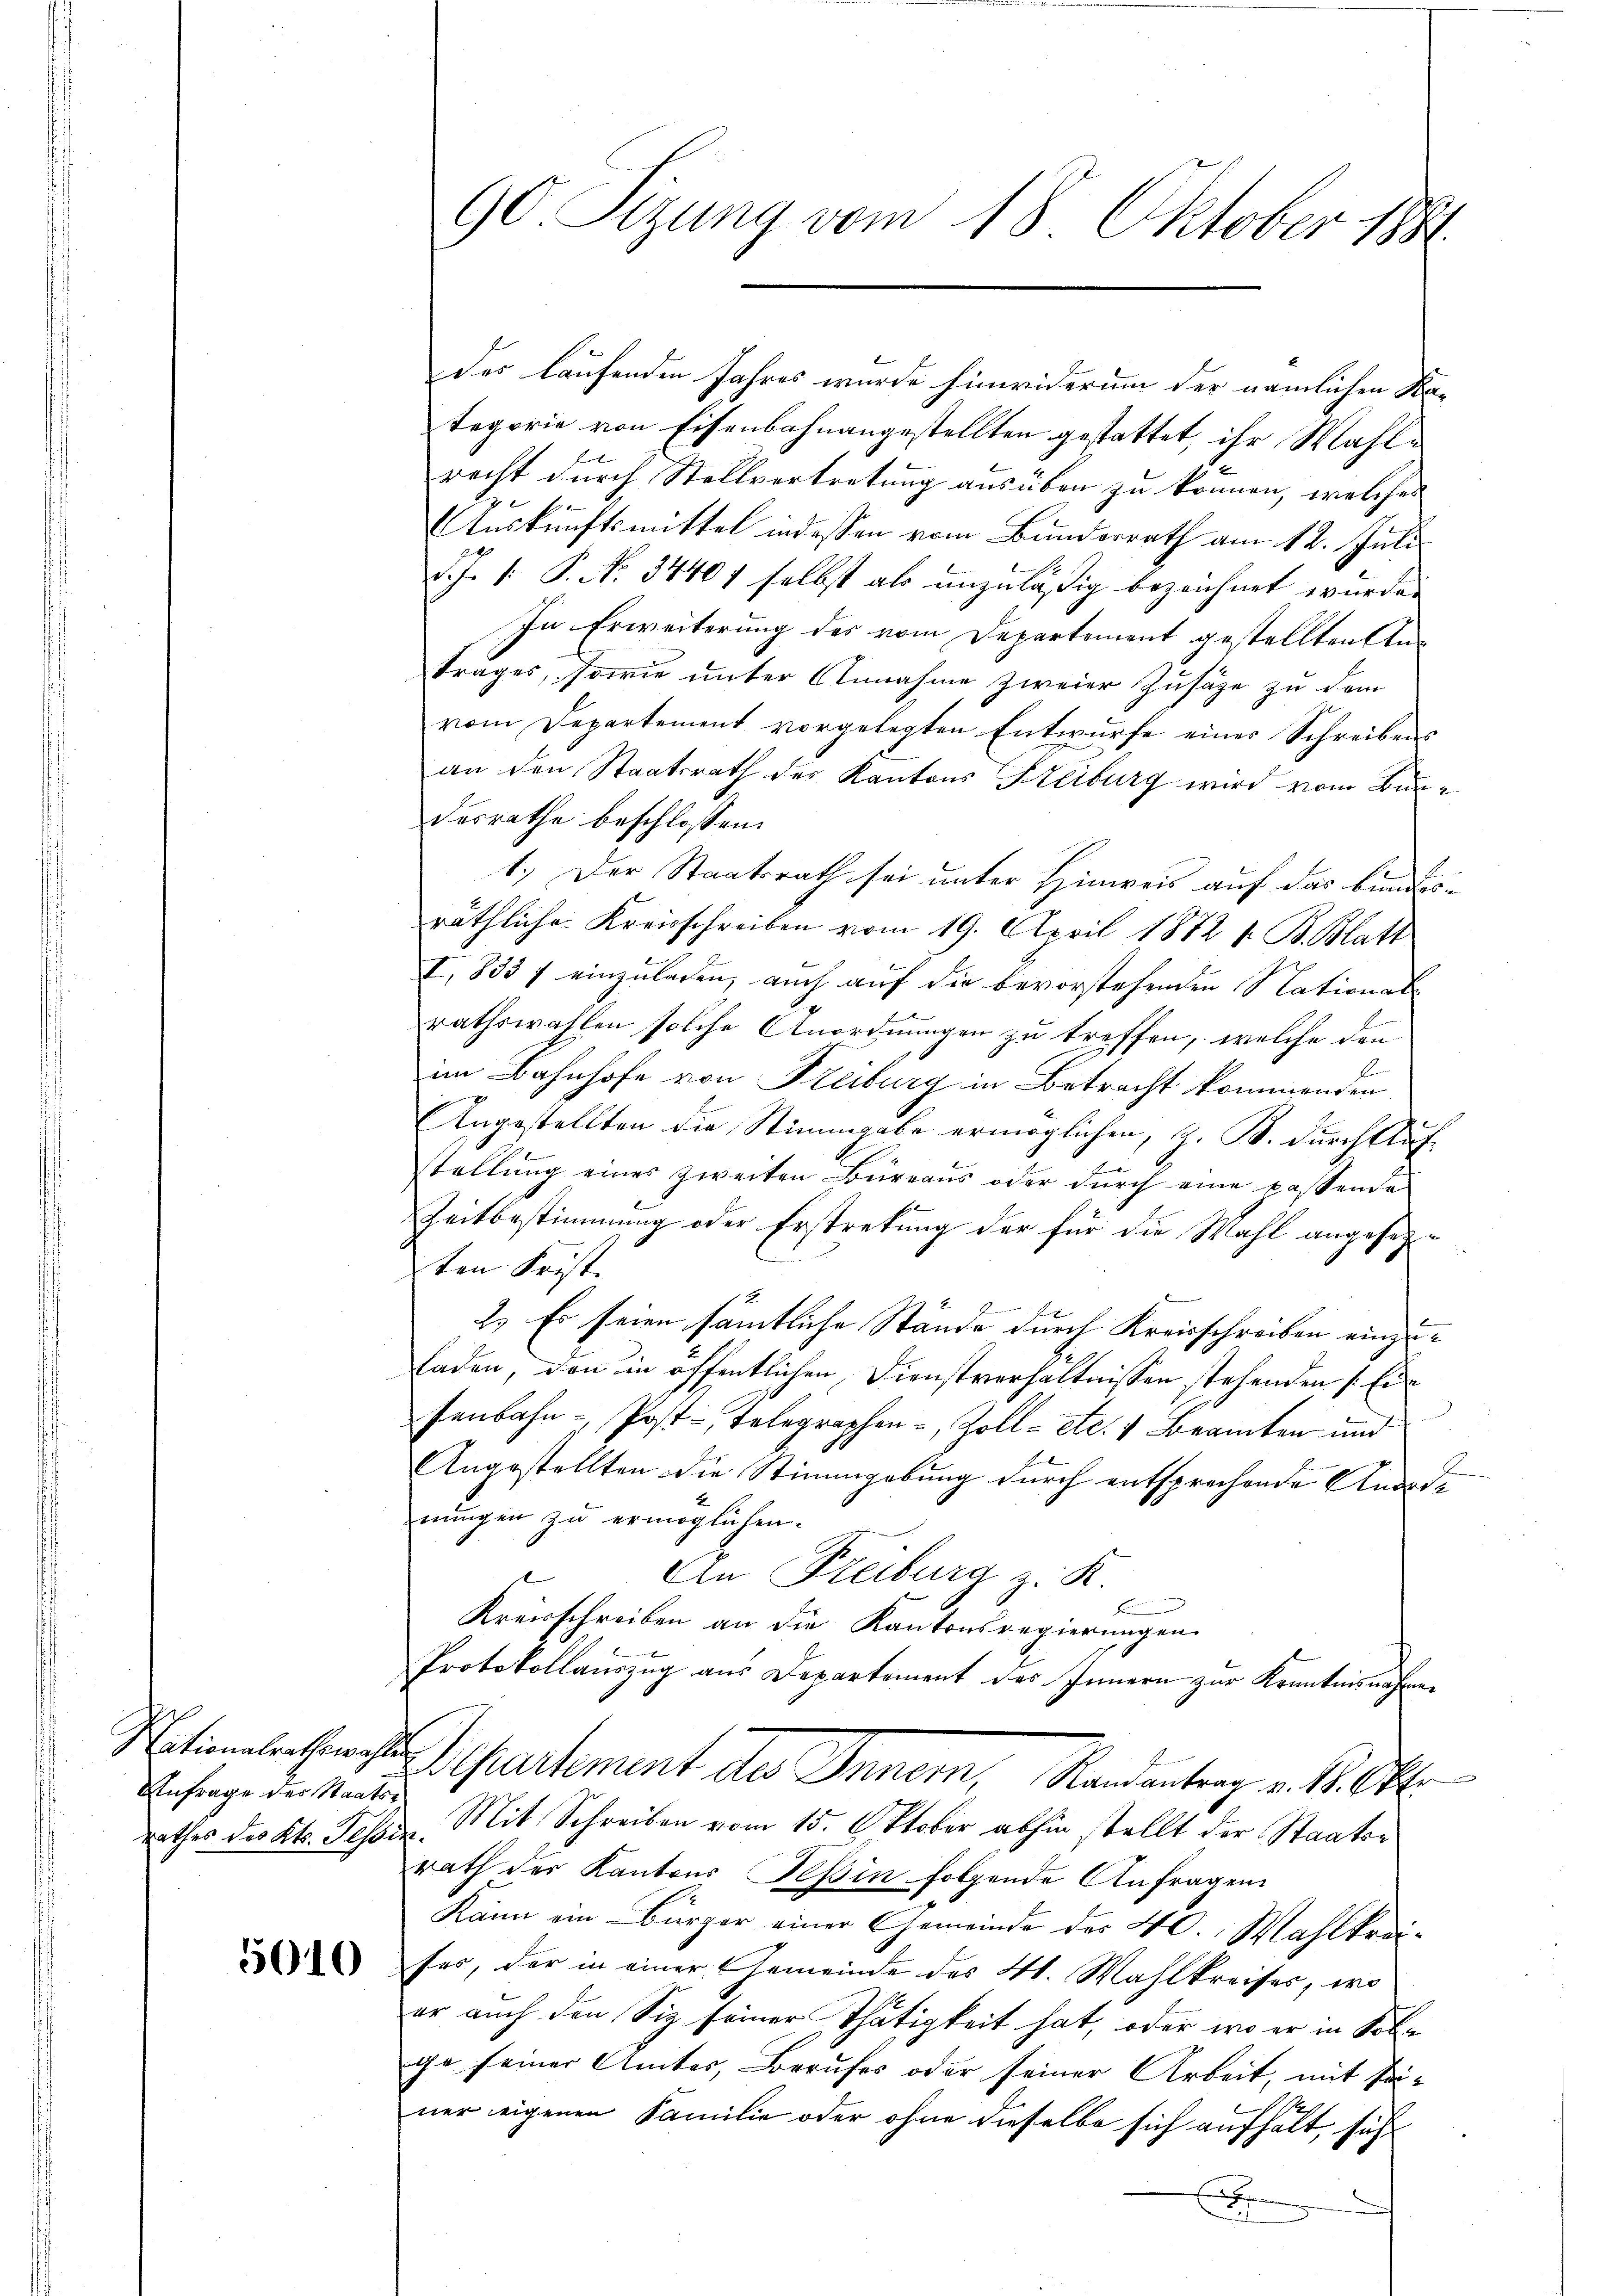
Anfrage der Staats¬

5010

des laufenden Jahres wurde hinwiderum der nämlichen Ka-
tegorie von Eisenbahnangestellten gestattet, ihr Wahlrecht durch Stellvertretung ausüben zu können, welches
Auskunftsmittel indessen vom Bunderrath am 12. Juli
d. J. 1. P. No. 34407 selbst als unzuläßig bezeichnet wurde.
In Erweiterung des vom Departement gestellten Anträges, sowie unter Annahme zweier Zusätze zu dem
vom Departement vorgelegten Entwürfe einer Schreibens
an den Staatsrath des Kantons Steiburg wird vom Bundesrathe beschlossen:
1.) Der Staatsrath sei unter Hinweis auf das bindesräthliche Kreisschreiben vom 19. April 1872 s. B. Blatt
I, 833 f einzuladen, auch auf die bevorstehenden Nationalrathswahlen solche Anordnungen zu treffen, welche den
im Bahnhofe von Freiburg in Betracht kommenden
Angestellten die Stimmgabe ermöglichen, z. B. durch Auf
k
stellŭng eines zweiten Büreaŭs oder dŭrch eine passende
e
Zeitbestimmung oder Erstretung der für die Wahl angesezten Frist.
2.) Es seien sämtliche Stände durch Kreisschreiben einzuladen, den in öffentlichen Dienstverhältnissen stehenden 1 Ei
senbahn - Post-Telegraphen-, Zoll- etc. 4 Beamten und
Angestellten die Stimmgebung durch entsprachende Anordnungen zu ermöglichen.
An Freiburg z. K.
Kreisschreiben an die Kantonsregierungen
Protokollauszug aus Departement des Innern zur Kenntnisnahmen
Nationalenthale partement des Innern, Randantrag v. 18. Okt
rathes des Kts. Fesser. Mit Schreiben vom 15. Oktober abhin stellt der Staaten
rath der Kantons Teßin folgende Anfragen
Kann ein Bürger einer Gemeinde des 40. Wahlkreises, der in einer Gemeinde des Kt. Wahlkreises, wo
er auch den Siz seiner Thätigkeit hat, oder wo er in Solge seiner Amtes, Berufes oder seiner Arbeit, mit Priner eigenen Familie oder ohne dieselbe sich aufhält, sich
x

90 Sizung vom 18. Oktober 1881